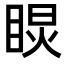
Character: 𥇏